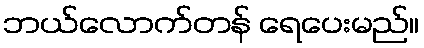
ဘယ်လောက်တန် ရေပေးမည်။